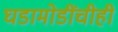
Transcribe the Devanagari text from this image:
घडामोडींचीही